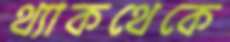
থ্যাকথেকে